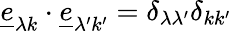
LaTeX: \underline{{e}}_{\lambda k}\cdot\underline{{e}}_{\lambda^{\prime}k^{\prime}}=\delta_{\lambda\lambda^{\prime}}\delta_{kk^{\prime}}